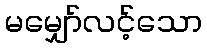
မမျှော်လင့်သော